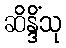
ဆိန္ဒိံသု